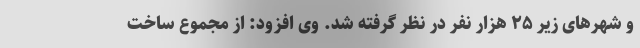
و شهرهای زیر ۲۵ هزار نفر در نظر گرفته شد. وی افزود: از مجموع ساخت